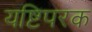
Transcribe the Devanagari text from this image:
यष्टिपरक